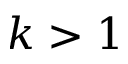
k > 1